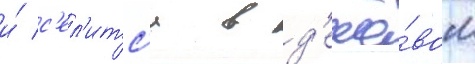
и́ с'ел'итс'я в д'ешё́вом